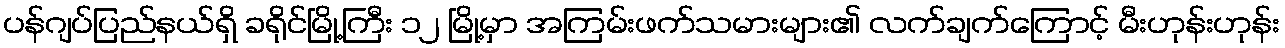
ပန်ဂျပ်ပြည်နယ်ရှိ ခရိုင်မြို့ကြီး ၁၂ မြို့မှာ အကြမ်းဖက်သမားများ၏ လက်ချက်ကြောင့် မီးဟုန်းဟုန်း